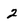
Character: 2